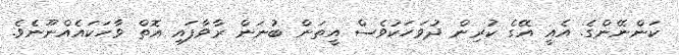
ކަންނޭންގެ. އެއީ އޭގެ ކުރިން ދުވަހަކުވެސް އީތަން ބުނަން ރާވާފައި އޮތް ވާހަކައެއްނޫނެވެ.